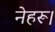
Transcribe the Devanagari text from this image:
नेहरू।